Civil Veterinary Department. United Provinces 1912-22 - 1912-1922
Year: 1912
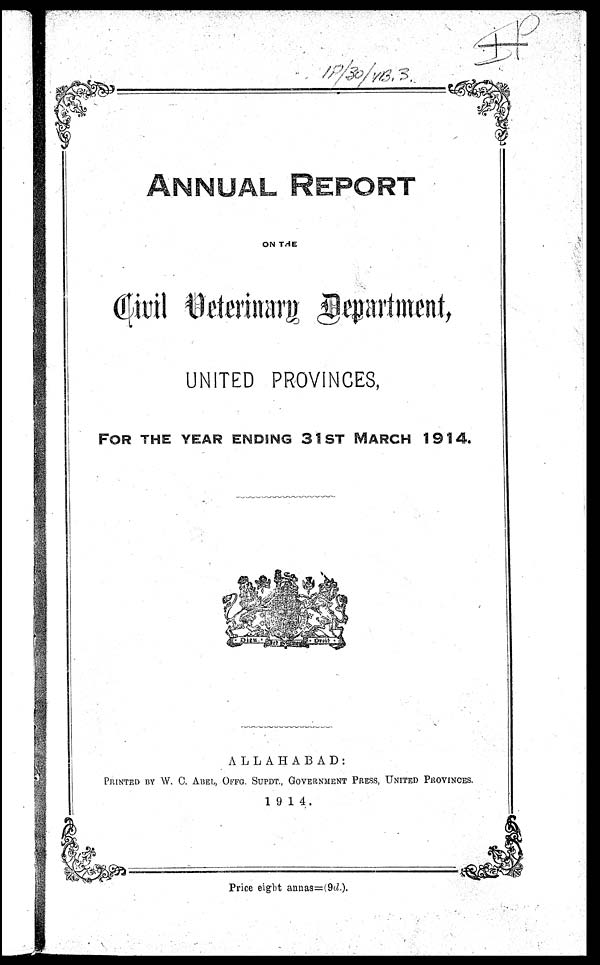
ANNUAL
REPORT
ON THE
UNITED PROVINCES,
FOR
THE
YEAR
ENDING
31ST
MARCH
1914.
ALLAHABAD:
PRINTED BY W. C. ABEL, OFFG. SUPDT., GOVERNMENT PRESS, UNITED PROVINCES.
1914.
Price eight annas=(9d.).